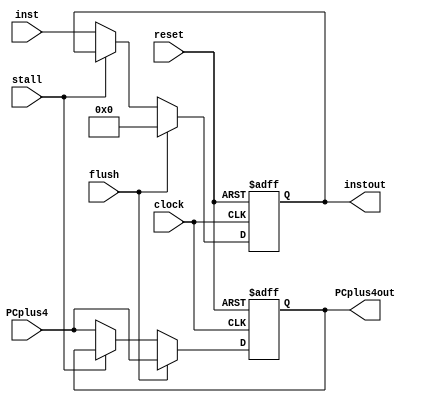
module IF_ID (
       input wire clock,reset,
       input wire stall,
       input wire flush,
       input wire [31:0] PCplus4,
       input wire [31:0] inst,
       output reg [31:0] PCplus4out,
       output reg [31:0] instout
       /// flush remeber
       );

always @(posedge clock or negedge reset)
  begin
    if (!reset)
      begin
      instout<='b0;
      PCplus4out<='b0;
      end
    else if (flush)      ///in beq
      begin
        PCplus4out<=PCplus4;
        instout<='b0;
      end
    else if (stall)
      begin
       instout<=instout;
       PCplus4out<=PCplus4out;
      end
    else
      begin
        instout<=inst;
        PCplus4out<=PCplus4;
      end
  end

endmodule